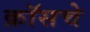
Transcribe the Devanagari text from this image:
क्रॉसचे